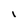
Character: I